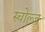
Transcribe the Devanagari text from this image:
स्चोल्ज़